画像に写った文字を読んでください
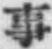
「事」と書いてあります